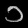
Digit: ၁